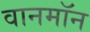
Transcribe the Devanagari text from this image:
वानमॉन